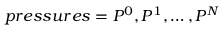
p r e s s u r e s = P ^ { 0 } , P ^ { 1 } , \ldots , P ^ { N }